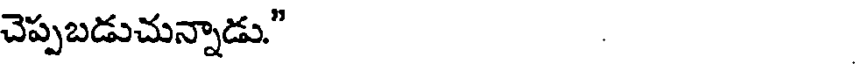
చెప్పబడుచున్నాడు."